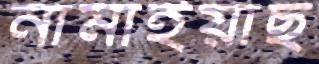
নামাইয়াছ